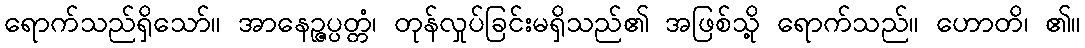
ရောက်သည်ရှိသော်။ အာနေဉ္ဇပ္ပတ္တံ၊ တုန်လှုပ်ခြင်းမရှိသည်၏ အဖြစ်သို့ ရောက်သည်။ ဟောတိ၊ ၏။